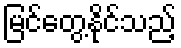
မြင်တွေ့နိုင်သည့်